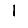
Digit: 1